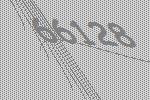
66128